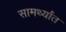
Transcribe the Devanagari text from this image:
सामर्थ्यांत